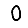
Digit: 0